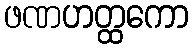
ဖဏဟတ္ထကော